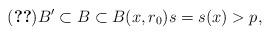
LaTeX: \begin{align*} \eqref{eq-local-dim-cond} B'\subset B\subset B(x,r_0) s=s(x)>p,\end{align*}